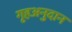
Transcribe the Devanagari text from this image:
गृहअनुदान